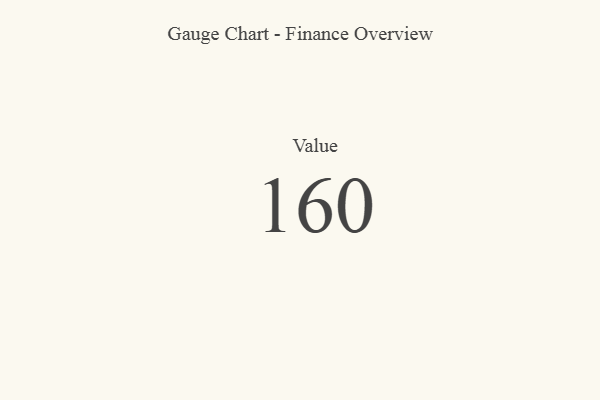
{"axis": {"x": "Metric", "y": "Value"}, "legend": [""], "data": [{"x": "Value", "y": 160, "type": ""}]}